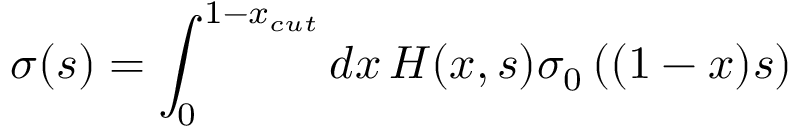
\sigma ( s ) = \int _ { 0 } ^ { 1 - x _ { c u t } } d x \, H ( x , s ) \sigma _ { 0 } \left( ( 1 - x ) s \right)